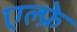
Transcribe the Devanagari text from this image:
एल्फ्रे